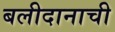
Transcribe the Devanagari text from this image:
बलीदानाची